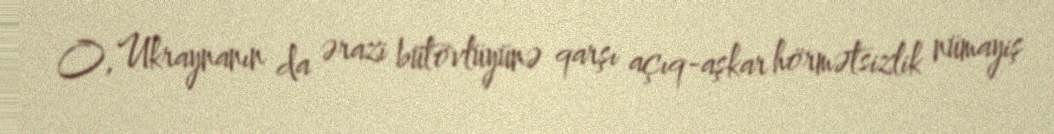
O, Ukraynanın da ərazi bütövlüyünə qarşı açıq-aşkar hörmətsizlik nümayiş